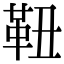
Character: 靵